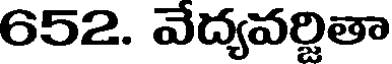
652. వేద్యవర్జితా